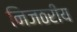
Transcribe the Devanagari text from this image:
निजठरीय